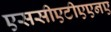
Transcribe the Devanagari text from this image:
एससीएटीएएनए